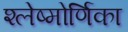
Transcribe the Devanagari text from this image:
श्लेष्मोर्णिका